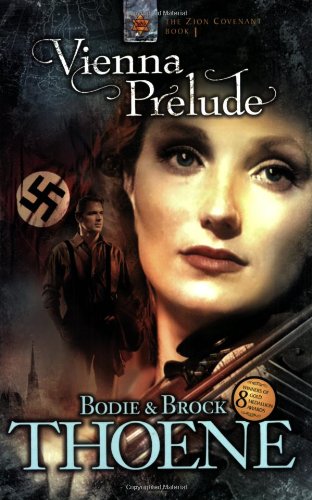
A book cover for Vienna Prelude (Zion Covenant, Book 1); Bodie Thoene; Christian Books & Bibles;